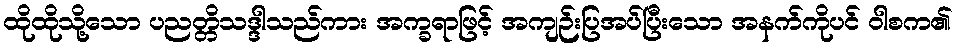
ထိုထိုသို့သော ပညတ္တိသဒ္ဒါသည်ကား အက္ခရာဖြင့် အကျဉ်းပြအပ်ပြီးသော အနက်ကိုပင် ဝါစက၏